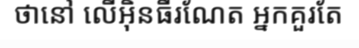
ថានៅ លើអ៊ិនធឺរណែត អ្នកគួរតែ